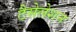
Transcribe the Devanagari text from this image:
टैसेलेशन